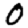
Digit: 0